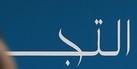
التجه